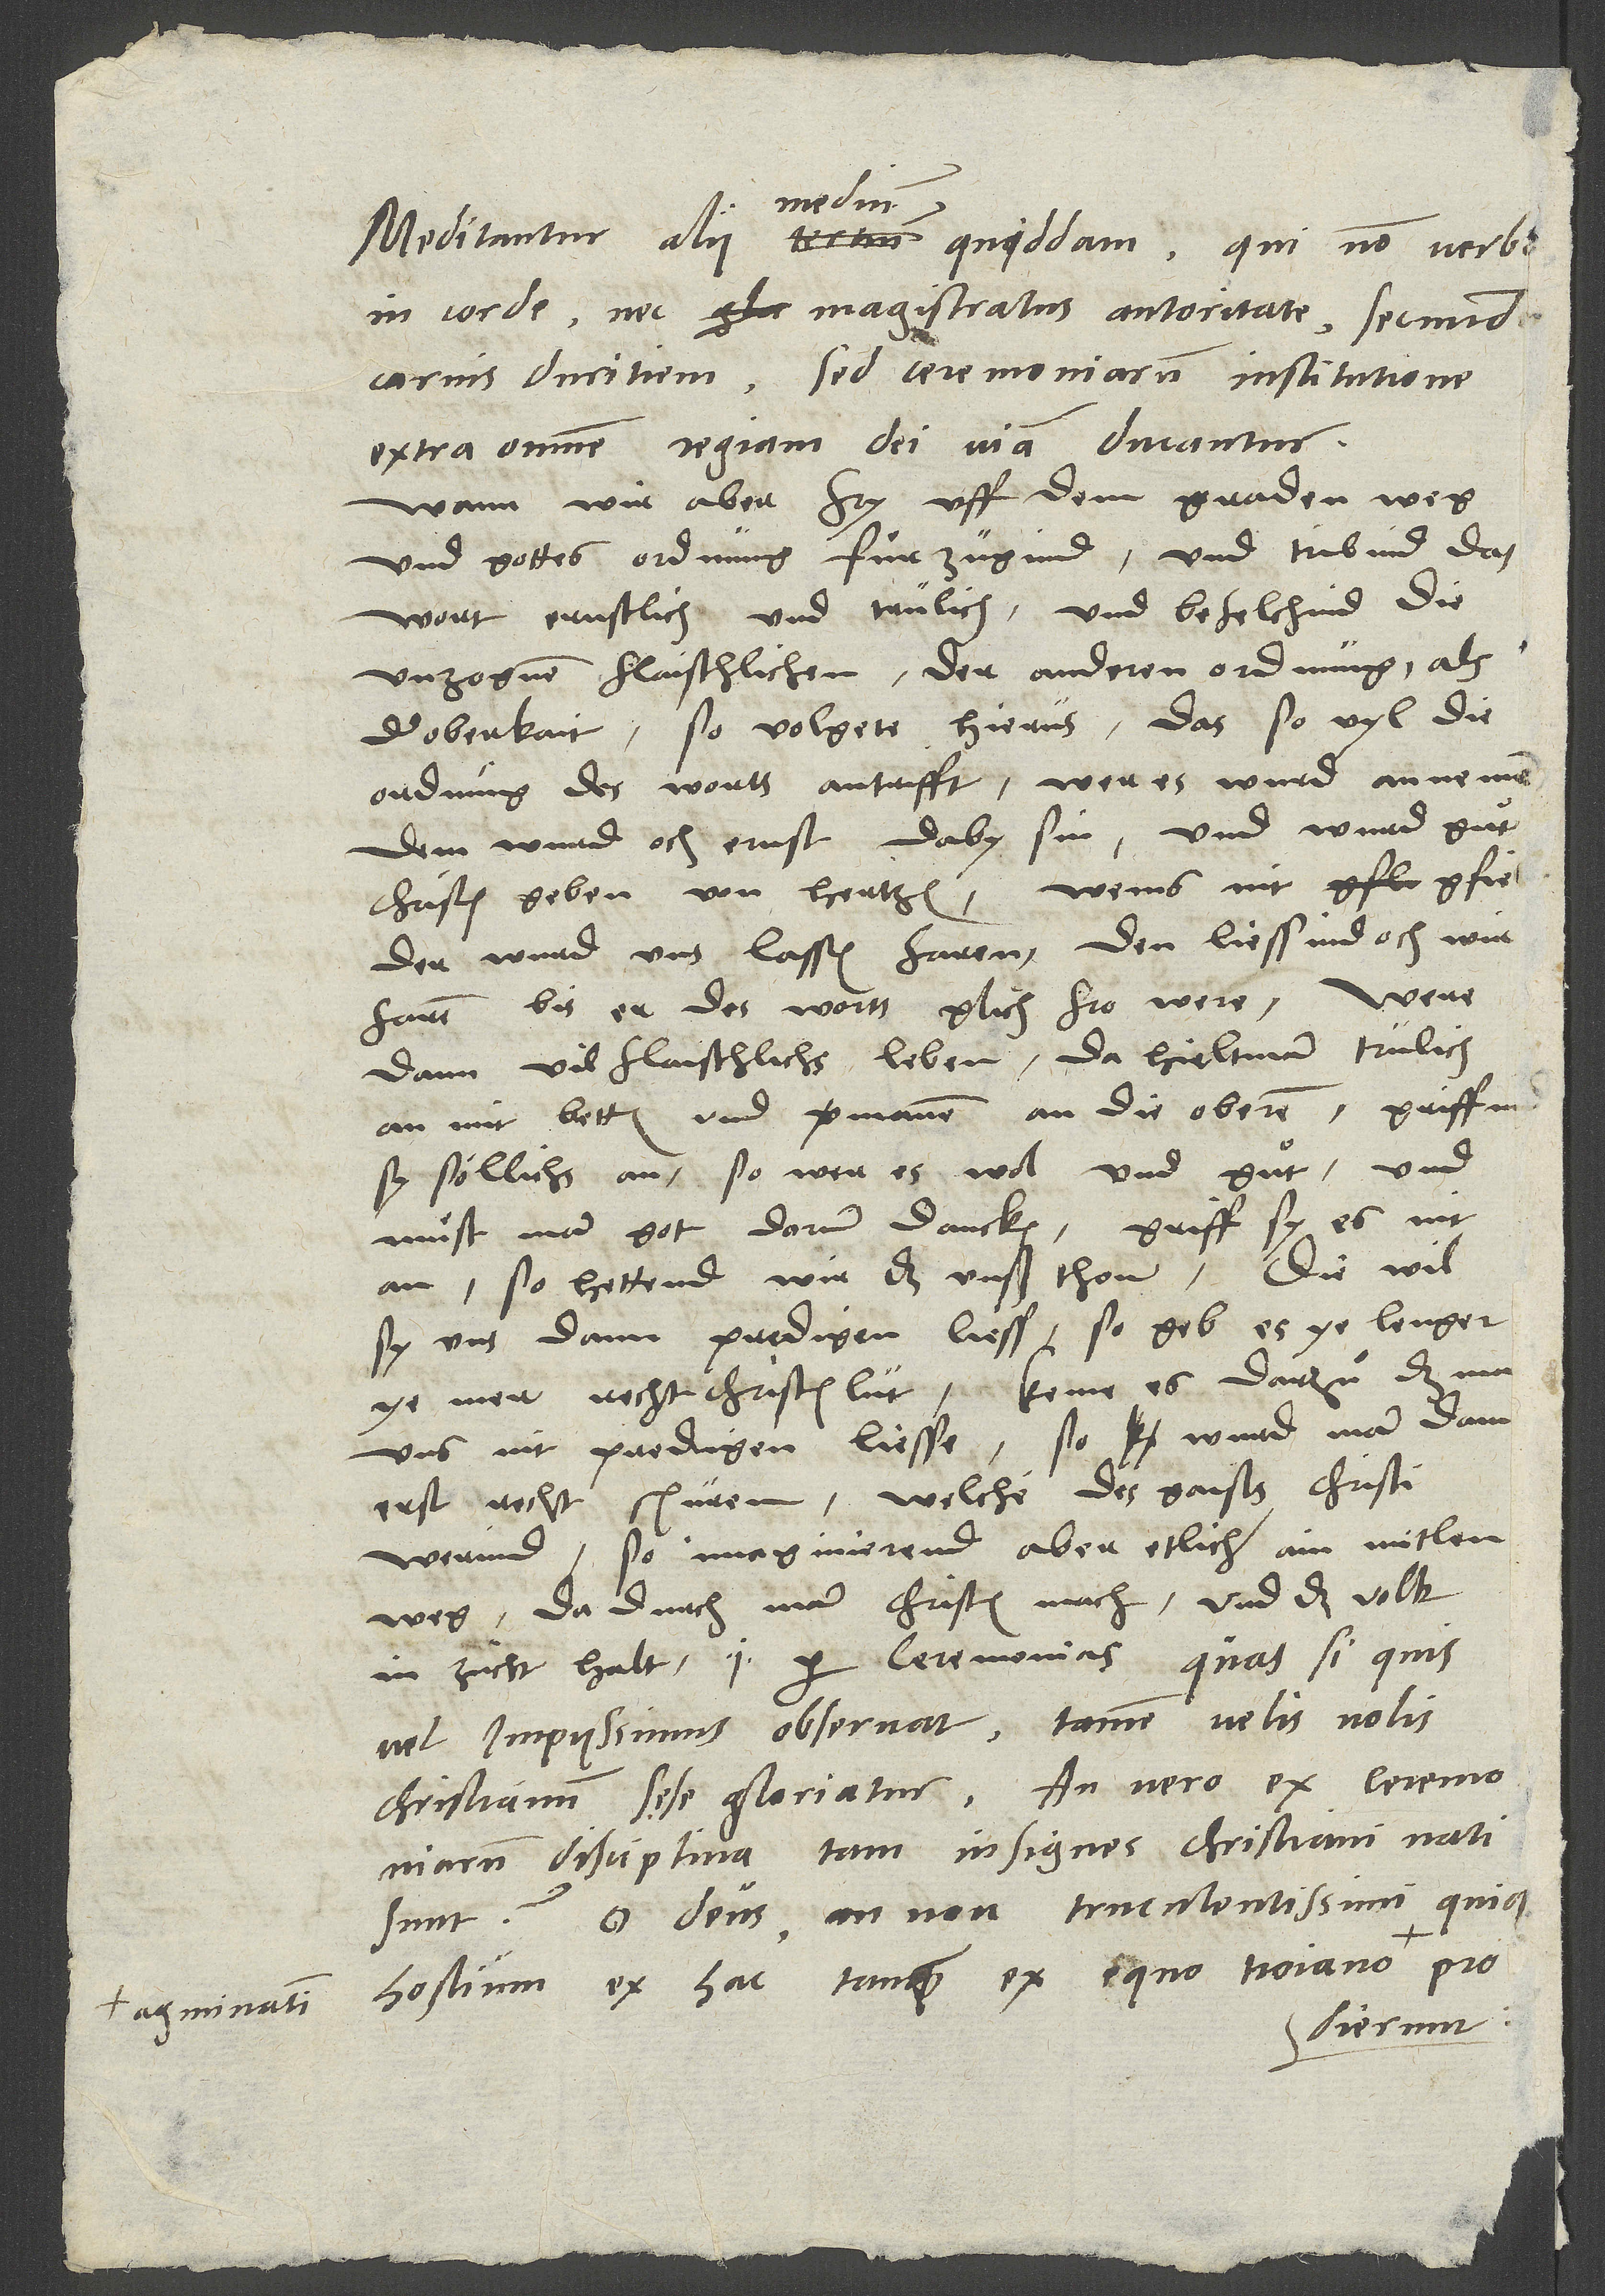
agminatim

Meditantur alii medium quiddam, qui non verbo
in corde nec magistratus autoritate secundum
carnis duritiem, sed ceremoniarum institutione
extra omnem regiam dei viam ducantur.
Wann wir aber fry uff dem gnadenweg
und gottes ordnung fürzugind und tribind das
wort ernstlich und trülich und befelchind die
unzognen flaischlichen der anderen ordnung als
der oberkait, so volgete hierus, das, so vyl die
ordnung des worts antrifft, wer es wurd annemen,
dem wurd och ernst daby sin, und wurd guͦt
christen geben von hertzen. Wems nit gfiel,
der wurd uns lassen faren; den liessind och wir
faren, bis er des worts glich Fro were. Were
dann vil flaischlichs leben, da hielt man trülich
an mit betten und vermanen an die oberen. Griffind
sy söllichs an, so wer es wol und guͦt und
muͤst man got darum dancken. Griff sy es nit
an, so hettend wir das unser thon. Diewil
sy uns dann predigen liess, so geb es ye lenger
ye mer recht christenlüt. Keme es darzuͦ, daß man
uns nit predigen liesse, so wurd man dann
erst recht spüren, welche des gaists Christi
werind. So imaginierend aber etlich ain mitlen
weg, da durch man christen mach und das volk
in zucht halt, id est per ceremonias, quas, si quis
vel impiissimus observat, tamen velis nolis
christianum sese gloriatur. An vero ex ceremoniarum
disciplina tam insignes christiani nati
sunt? O deus, an non truculentissimi quique
hostium ex hac tamquam ex equo Troiano